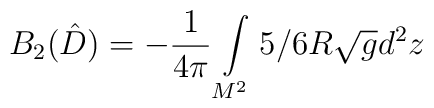
B_{2}(\hat{D})=-{1 \over 4\pi} \int\limits_{M^2}^{} 5/6 R\sqrt{g}d^2 z